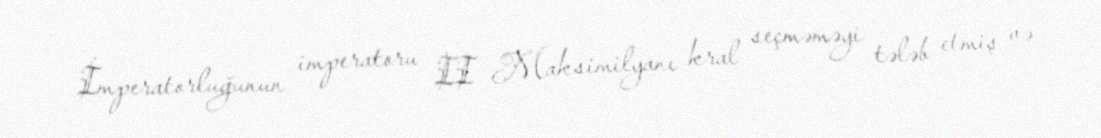
İmperatorluğunun imperatoru II Maksimilyanı kral seçməməyi tələb etmiş və